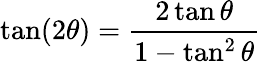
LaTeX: \tan(2\theta)={\frac{2\tan\theta}{1-\tan^{2}\theta}}